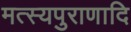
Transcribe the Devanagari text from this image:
मत्स्यपुराणादि